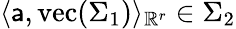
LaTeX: \langle\mathsf{a},\mathrm{vec}(\Sigma_{1})\rangle_{\mathbb{R}^{r}}\in\Sigma_{2}